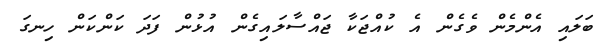
ބަލައި އެންމެން ވެގެން އެ ކުއްޖަކާ ޖައްސާލައިގެން އުޅުން ފަދަ ކަންކަން ހިނގަ